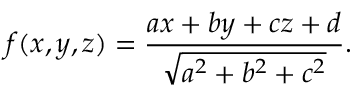
f ( x , y , z ) = \frac { a x + b y + c z + d } { \sqrt { a ^ { 2 } + b ^ { 2 } + c ^ { 2 } } } .